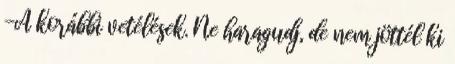
-A korábbi vetélések. Ne haragudj, de nem jöttél ki